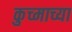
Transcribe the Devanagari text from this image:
कुच्माच्या